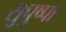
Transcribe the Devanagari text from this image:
सुपुष्पा